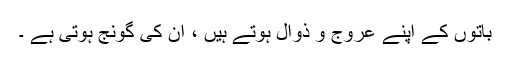
باتوں کے اپنے عروج و ذوال ہوتے ہیں ، ان کی گونج ہوتی ہے ۔